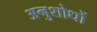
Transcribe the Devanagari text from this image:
अनुशोधों